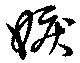
嫉